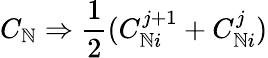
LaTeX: C_{\mathbb{N}}\Rightarrow{\frac{{1}}{{2}}}(C_{\mathbb{N}i}^{j+1}+C_{\mathbb{N}i}^{j})